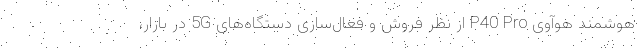
هوشمند هوآوی P40 Pro از نظر فروش و فعال‌سازی دستگاه‌های 5G در بازار،